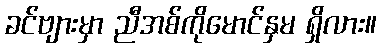
ခင်ဗျားမှာ ညီအစ်ကိုမောင်နှမ ရှိလား။